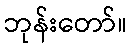
ဘုန်းတော်။